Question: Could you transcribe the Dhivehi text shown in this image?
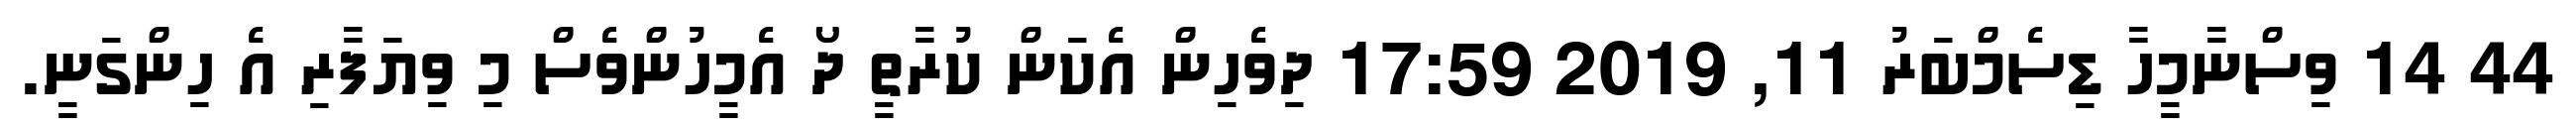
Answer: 44 14 ވިސްނާމީހާ ޑިސެމްބަރު 11, 2019 17:59 ދިވެހިން އެކަން ކުރާތީ ދޯ އެމީހުންވެސް މި ވިޔަފާރި އެ ހިންގަނީ.